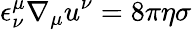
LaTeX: \epsilon_{\nu}^{\mu}\nabla_{\mu}u^{\nu}=8\pi\eta\sigma